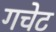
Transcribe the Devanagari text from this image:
गचेट